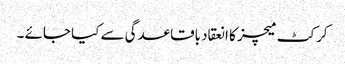
کرکٹ میچز کا انعقاد باقاعدگی سے کیا جائے ۔